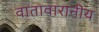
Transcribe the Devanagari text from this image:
वातावारानीय